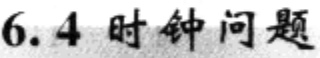
6.4 时钟问题